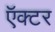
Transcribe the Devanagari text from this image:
ऍक्टर